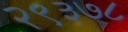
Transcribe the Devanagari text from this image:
२९३७८